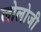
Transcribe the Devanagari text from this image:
लोलोजी